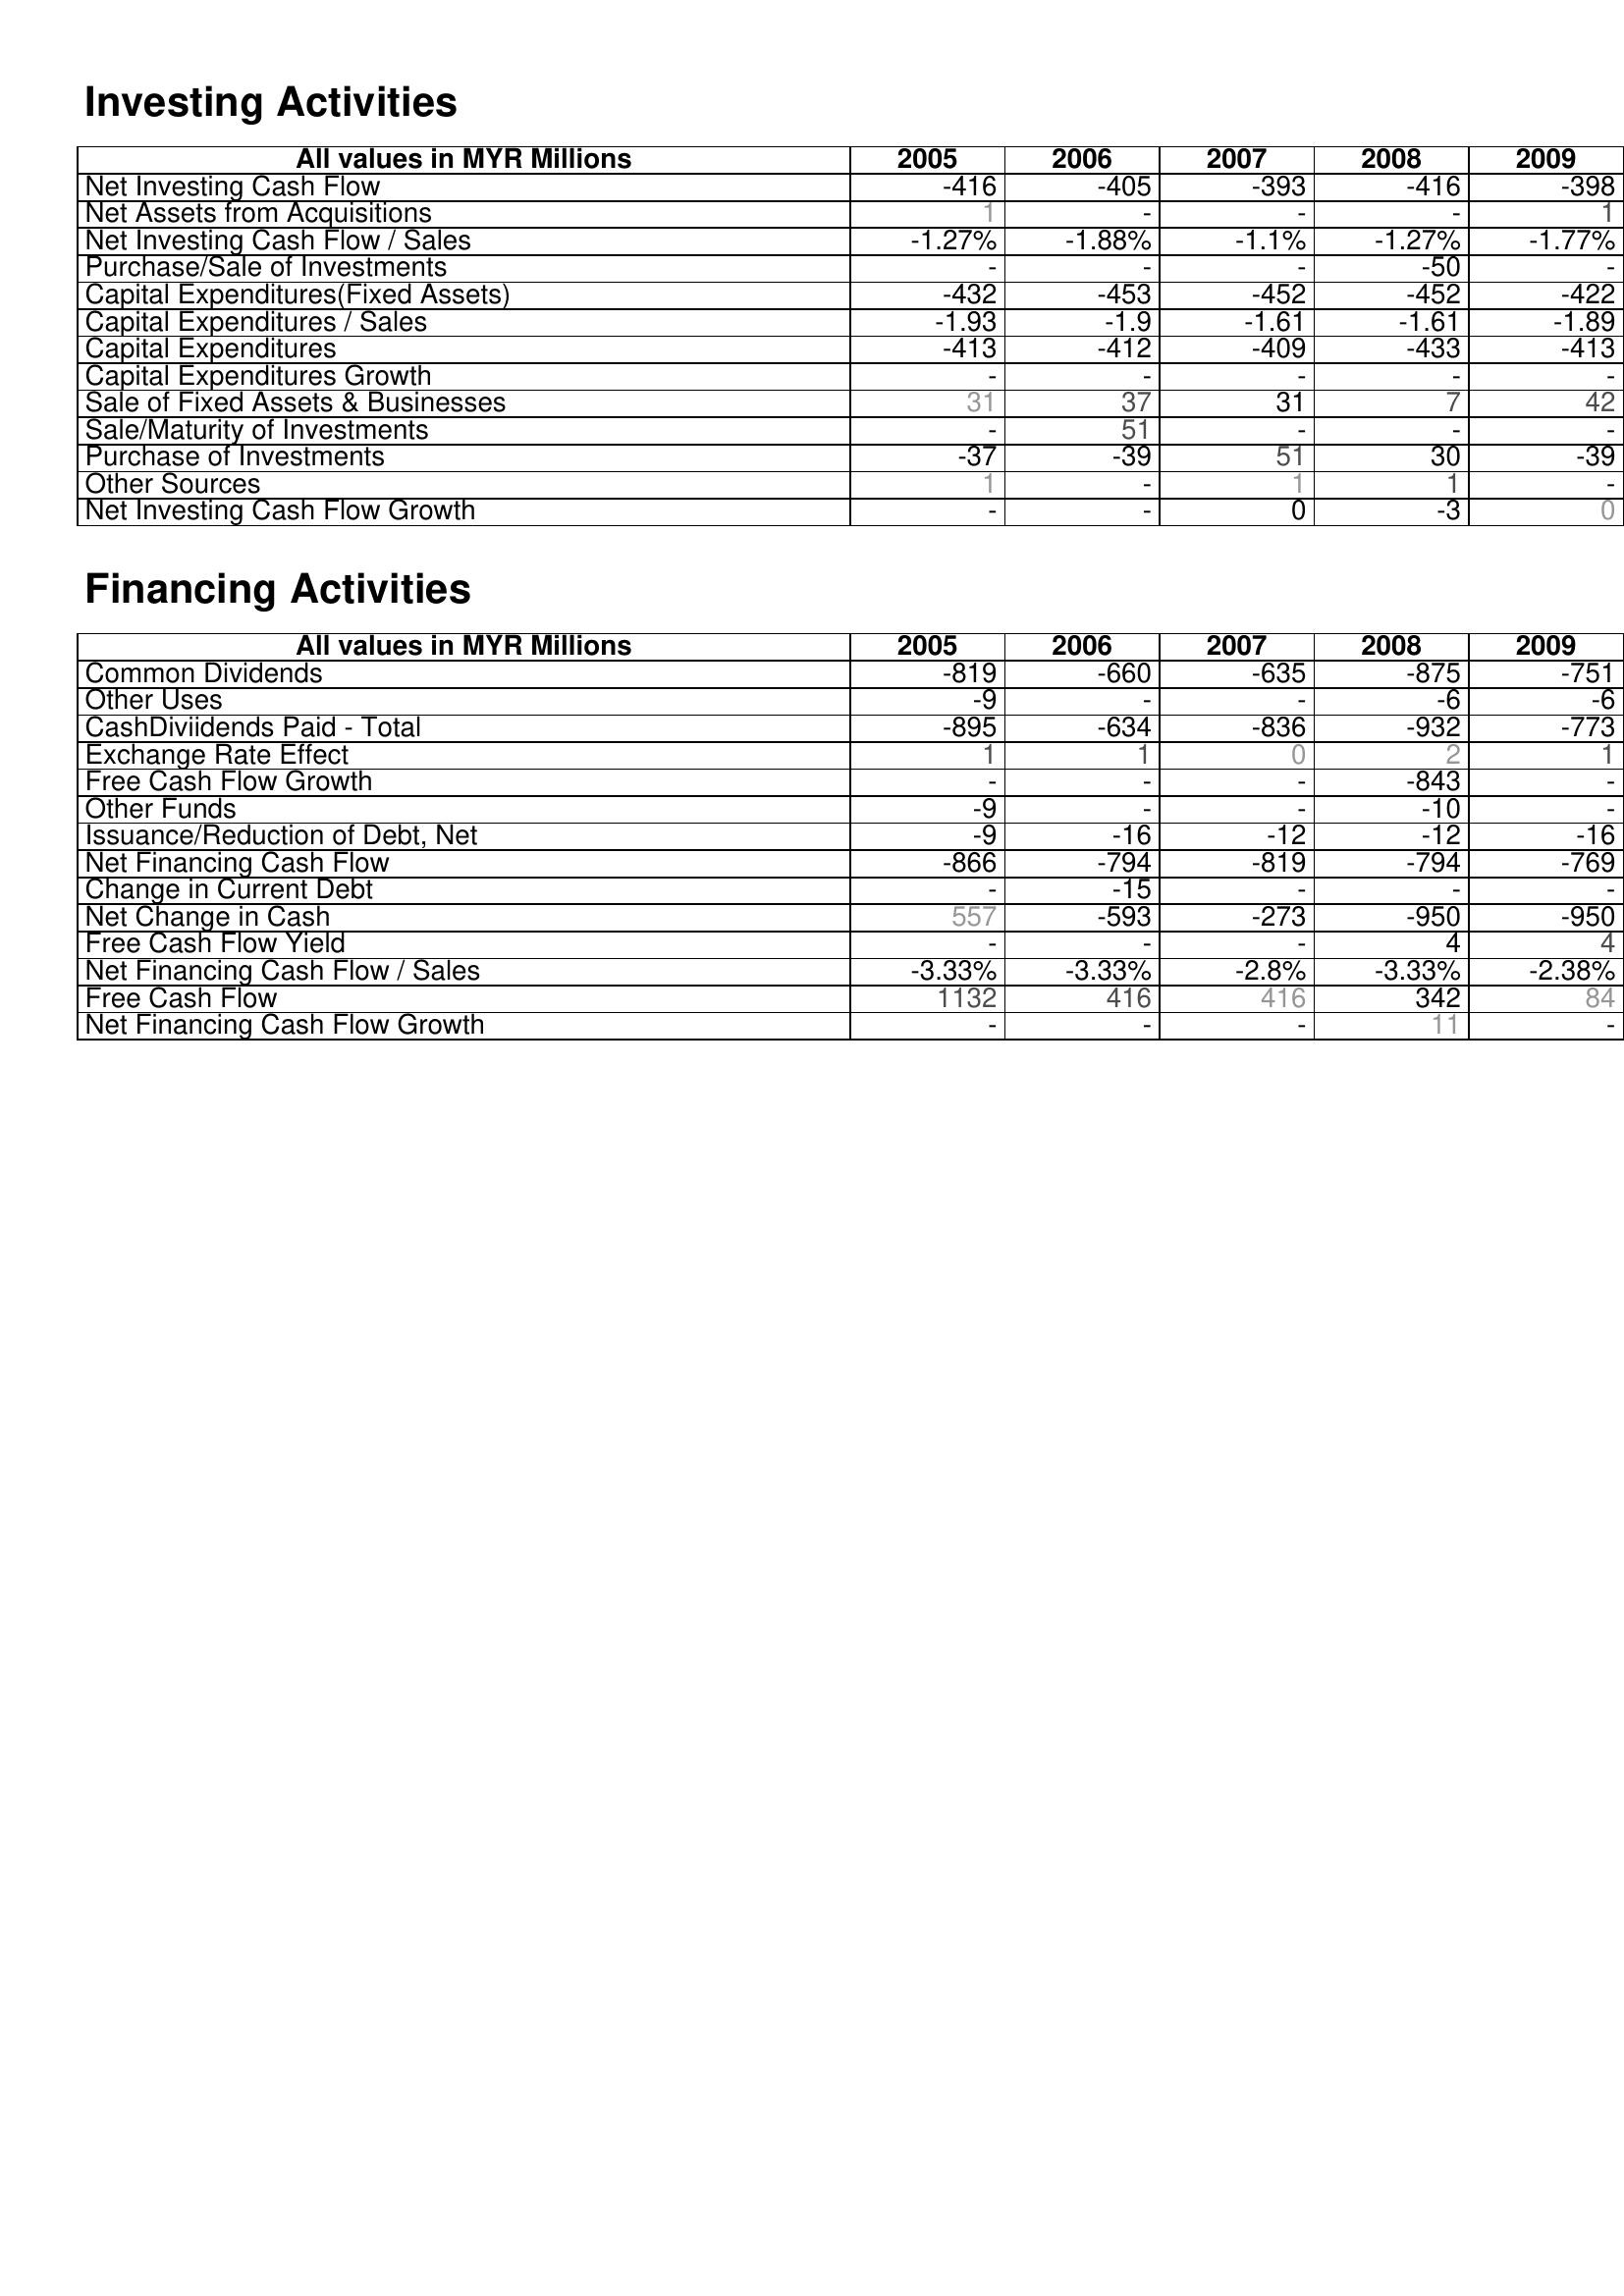
2005: Investing Activities: Net Investing Cash Flow: -416
Net Assets from Acquisitions: 1
Net Investing Cash Flow / Sales: -1.27%
Purchase/Sale of Investments: -
Capital Expenditures(Fixed Assets): -432
Capital Expenditures / Sales: -1.93
Capital Expenditures: -413
Capital Expenditures Growth: -
Sale of Fixed Assets & Businesses: 31
Sale/Maturity of Investments: -
Purchase of Investments: -37
Other Sources: 1
Net Investing Cash Flow Growth: -
Financing Activities: Common Dividends: -819
Other Uses: -9
CashDiviidends Paid - Total: -895
Exchange Rate Effect: 1
Free Cash Flow Growth: -
Other Funds: -9
Issuance/Reduction of Debt, Net: -9
Net Financing Cash Flow: -866
Change in Current Debt: -
Net Change in Cash: 557
Free Cash Flow Yield: -
Net Financing Cash Flow / Sales: -3.33%
Free Cash Flow: 1132
Net Financing Cash Flow Growth: -
2006: Investing Activities: Net Investing Cash Flow: -405
Net Assets from Acquisitions: -
Net Investing Cash Flow / Sales: -1.88%
Purchase/Sale of Investments: -
Capital Expenditures(Fixed Assets): -453
Capital Expenditures / Sales: -1.9
Capital Expenditures: -412
Capital Expenditures Growth: -
Sale of Fixed Assets & Businesses: 37
Sale/Maturity of Investments: 51
Purchase of Investments: -39
Other Sources: -
Net Investing Cash Flow Growth: -
Financing Activities: Common Dividends: -660
Other Uses: -
CashDiviidends Paid - Total: -634
Exchange Rate Effect: 1
Free Cash Flow Growth: -
Other Funds: -
Issuance/Reduction of Debt, Net: -16
Net Financing Cash Flow: -794
Change in Current Debt: -15
Net Change in Cash: -593
Free Cash Flow Yield: -
Net Financing Cash Flow / Sales: -3.33%
Free Cash Flow: 416
Net Financing Cash Flow Growth: -
2007: Investing Activities: Net Investing Cash Flow: -393
Net Assets from Acquisitions: -
Net Investing Cash Flow / Sales: -1.1%
Purchase/Sale of Investments: -
Capital Expenditures(Fixed Assets): -452
Capital Expenditures / Sales: -1.61
Capital Expenditures: -409
Capital Expenditures Growth: -
Sale of Fixed Assets & Businesses: 31
Sale/Maturity of Investments: -
Purchase of Investments: 51
Other Sources: 1
Net Investing Cash Flow Growth: 0
Financing Activities: Common Dividends: -635
Other Uses: -
CashDiviidends Paid - Total: -836
Exchange Rate Effect: 0
Free Cash Flow Growth: -
Other Funds: -
Issuance/Reduction of Debt, Net: -12
Net Financing Cash Flow: -819
Change in Current Debt: -
Net Change in Cash: -273
Free Cash Flow Yield: -
Net Financing Cash Flow / Sales: -2.8%
Free Cash Flow: 416
Net Financing Cash Flow Growth: -
2008: Investing Activities: Net Investing Cash Flow: -416
Net Assets from Acquisitions: -
Net Investing Cash Flow / Sales: -1.27%
Purchase/Sale of Investments: -50
Capital Expenditures(Fixed Assets): -452
Capital Expenditures / Sales: -1.61
Capital Expenditures: -433
Capital Expenditures Growth: -
Sale of Fixed Assets & Businesses: 7
Sale/Maturity of Investments: -
Purchase of Investments: 30
Other Sources: 1
Net Investing Cash Flow Growth: -3
Financing Activities: Common Dividends: -875
Other Uses: -6
CashDiviidends Paid - Total: -932
Exchange Rate Effect: 2
Free Cash Flow Growth: -843
Other Funds: -10
Issuance/Reduction of Debt, Net: -12
Net Financing Cash Flow: -794
Change in Current Debt: -
Net Change in Cash: -950
Free Cash Flow Yield: 4
Net Financing Cash Flow / Sales: -3.33%
Free Cash Flow: 342
Net Financing Cash Flow Growth: 11
2009: Investing Activities: Net Investing Cash Flow: -398
Net Assets from Acquisitions: 1
Net Investing Cash Flow / Sales: -1.77%
Purchase/Sale of Investments: -
Capital Expenditures(Fixed Assets): -422
Capital Expenditures / Sales: -1.89
Capital Expenditures: -413
Capital Expenditures Growth: -
Sale of Fixed Assets & Businesses: 42
Sale/Maturity of Investments: -
Purchase of Investments: -39
Other Sources: -
Net Investing Cash Flow Growth: 0
Financing Activities: Common Dividends: -751
Other Uses: -6
CashDiviidends Paid - Total: -773
Exchange Rate Effect: 1
Free Cash Flow Growth: -
Other Funds: -
Issuance/Reduction of Debt, Net: -16
Net Financing Cash Flow: -769
Change in Current Debt: -
Net Change in Cash: -950
Free Cash Flow Yield: 4
Net Financing Cash Flow / Sales: -2.38%
Free Cash Flow: 84
Net Financing Cash Flow Growth: -